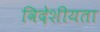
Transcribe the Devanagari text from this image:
विदेशीयता